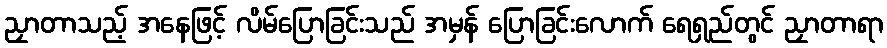
ညှာတာသည့် အနေဖြင့် လိမ်ပြောခြင်းသည် အမှန် ပြောခြင်းလောက် ရေရှည်တွင် ညှာတာရာ